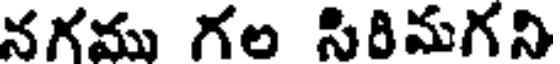
నగము గల సిరిమగని